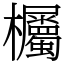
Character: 欘